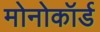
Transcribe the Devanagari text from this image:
मोनोकॉर्ड